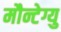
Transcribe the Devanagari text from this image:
मौन्टेग्यु